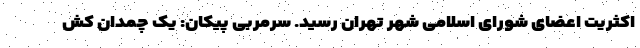
اکثریت اعضای شورای اسلامی شهر تهران رسید. سرمربی پیکان: یک چمدان کش